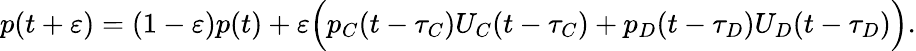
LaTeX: p(t+\varepsilon)=(1-\varepsilon)p(t)+\varepsilon\Bigl(p_{C}(t-\tau_{C})U_{C}(t-\tau_{C})+p_{D}(t-\tau_{D})U_{D}(t-\tau_{D})\Bigr).